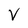
Character: V